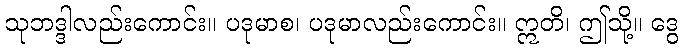
သုဘဒ္ဒါလည်းကောင်း။ ပဒုမာစ၊ ပဒုမာလည်းကောင်း။ ဣတိ၊ ဤသို့။ ဒွေ